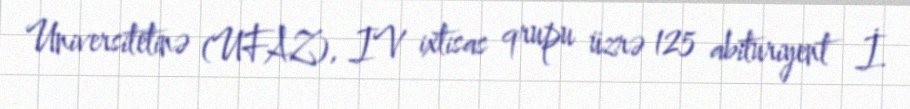
Universitetinə (UFAZ), IV ixtisas qrupu üzrə 125 abituriyent İ.